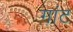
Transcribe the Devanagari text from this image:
गांट